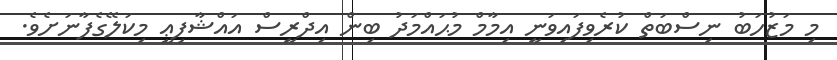
މި މަޒުހަބު ނިސްބަތް ކުރެވިފައިވަނީ އިމާމް މުޙައްމަދު ބިން އިދްރީސް އައްޝާފިޢީ މިކަލޭގެފާނަށެވެ.